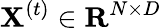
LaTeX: \mathbf{X}^{\left(t\right)}\in\mathbf{R}^{N\times D}